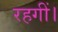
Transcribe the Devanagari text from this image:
रहगीं।